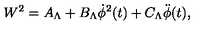
W ^ { 2 } = A _ { \Lambda } + B _ { \Lambda } \dot { \phi } ^ { 2 } ( t ) + C _ { \Lambda } \ddot { \phi } ( t ) ,